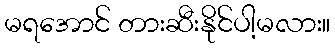
မရအောင် တားဆီးနိုင်ပါ့မလား။